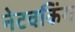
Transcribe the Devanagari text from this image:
नेटवकिंग